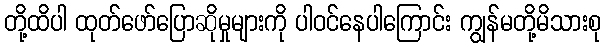
တို့ထိပါ ထုတ်ဖော်ပြောဆိုမှုများကို ပါဝင်နေပါကြောင်း ကျွန်မတို့မိသားစု